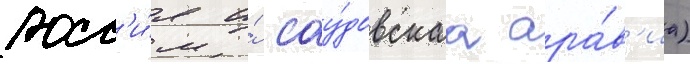
росс'и́я и́ сау́довскаа ара́в'иа)